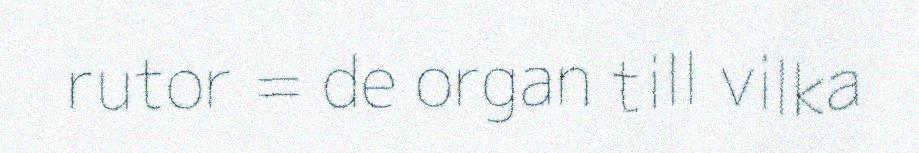
rutor = de organ till vilka